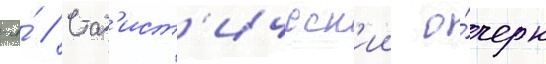
-я́ // Стат'ист'ическ'ии о́черк